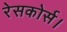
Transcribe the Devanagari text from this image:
रेसकोर्स।